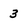
Character: 3